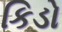
કિડો